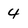
Character: 4